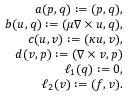
\begin{array} { r l r } & { } & { a ( \boldsymbol { p } , \boldsymbol { q } ) : = ( \boldsymbol { p } , \boldsymbol { q } ) , } \\ & { } & { b ( \boldsymbol { u } , \boldsymbol { q } ) : = ( \mu \nabla \times \boldsymbol { u } , \boldsymbol { q } ) , } \\ & { } & { c ( \boldsymbol { u } , \boldsymbol { v } ) : = ( \kappa \boldsymbol { u } , \boldsymbol { v } ) , } \\ & { } & { d ( \boldsymbol { v } , \boldsymbol { p } ) : = ( \nabla \times \boldsymbol { v } , \boldsymbol { p } ) } \\ & { } & { \ell _ { 1 } ( \boldsymbol { q } ) : = 0 , } \\ & { } & { \ell _ { 2 } ( \boldsymbol { v } ) : = ( \boldsymbol { f } , \boldsymbol { v } ) . } \end{array}